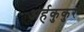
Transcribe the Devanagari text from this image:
अर्हकुकुर